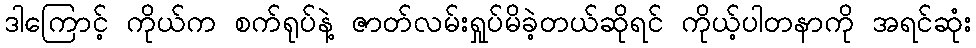
ဒါကြောင့် ကိုယ်က စက်ရုပ်နဲ့ ဇာတ်လမ်းရှုပ်မိခဲ့တယ်ဆိုရင် ကိုယ့်ပါတနာကို အရင်ဆုံး